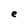
Character: e